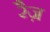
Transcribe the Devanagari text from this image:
रैज़